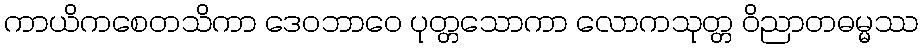
ကာယိကစေတသိကာ ဒေဝဘာဝေ ပုတ္တသောကာ လောကသုတ္တ ဝိညာတဓမ္မဿ